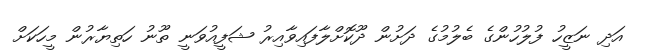
އަދި ނަޒީހު ފުލުހުންގެ ބެލުމުގެ ދަށުން ދޫކޮށްލާފައިވާއިރު ޝަފީއުވަނީ ތޫނު ހަތިޔާރުން މީހަކަށް